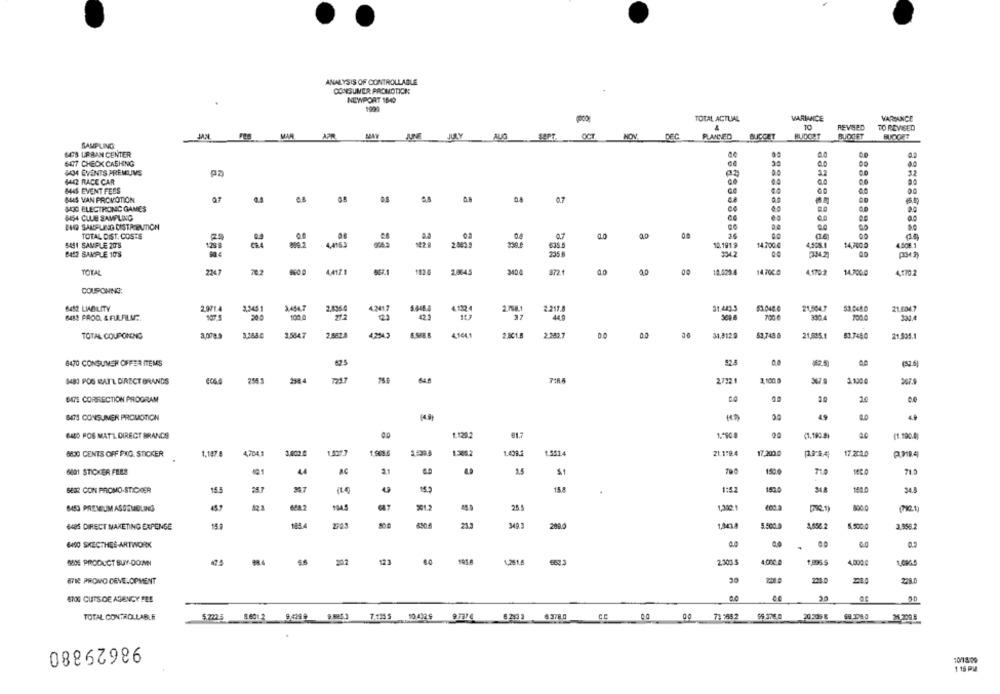
ANALYSIS OF CONTROLLABLE
CONSUMER PROMOTION
.
NEWPORT 1040
TOTAL ACTUAL
VARIANCE
VARIANCE
REVISED
TO REVISED
JAN
MAN
APR
JULY
AUG
DEC
PLANNED
BUICCET
BUOCET
SAMPLING
643 URBAN CENTER
6477 CHECK CASHING
30
434 EVENTS PRENLIVS
4442 RACE CAR
MAS EVENT FEES
BAS VAN PROVOTION
07
0.7
SEC ELECTRONC GAMES
6454 CLUB SAMPLING
BIO SAMPLING DISTRIBUTION
De
00
TOTAL DIST. COSTS
36
00
SAS1 SAMPLE 20'S
2.009
635.5
10.191.9
14.700 0
4.408.1
14,7000
4.508.1
BASE SAMPLE 10'S
235 8
334.2
A
30
00
4,1702
TOTAL
70.2
4.41.7.
2.0045
3400
0.0
10.5294
14 7000
4.1702
14.300.0
COUPONING;
6452 LINDILITY
2.971.4
3.444
2.8360
4.2417
5.648.4
2.758.1
2.217.8
31.443.3
53.048.0
21,5047
53.0480
21.0047
107.1
200
37
309 8
331.4
100.0
TOTAL COUPONING
3,07
2.5847
2.5628
42345
2.801.8
2.240.7
00
0.0
30
31,512.9
53,743.6
21,945 1
53.7480
21.905.4
6470 CONSUMER OFFER ITEMS
8483 POS MATT DIRECT BRANDS
606.4
254
64.5
2722 1
3.100 0
3679
3.100 0
367.9
BITS CORRECTION PROGRAM
20
8473 CONSUMER PROMOTION
(4.9)
49
6HO POS MAT L DIRECT BRANDS
1.1201
617
1.150.8
(1.190.0)
630 CENTS OFF PAG. STICKER
1.147.8
4.704.1
1.499.2
1.551.4
21.1.2.4
17.200
17.202.0
6801 STICKER FELES
4
14
1500
710
71.3
SERR CON PROMO-STICKCER
154
155
15
1:52
150.0
141.0
34.8
E
643 PREMIUM ASSEMBLING
622
201.2
25
1,322
800 0
(Pet)
6485 DIRECT MAKETING EXPENSE
15.
21.3
200.0
5.500.0
8.500 0
3.950.2
6490 SKECTHES-ARTWORK
SOS PRODUCT BUY-DOWN
123
4.0
1,251.6
962.3
2.300 5
4.000 g
4.000.0
8712 PROVO DEVELOPMENT
228.0
228.0
6700 CUTS DE AGENCY FEE
TOTAL CONTROLLABLE
5.7225
8.6012 94199 88853
10 4329
9.7774 6203 63780
55 376.0
98629880
10/1839
1 16 PM